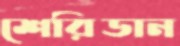
শেরিডান